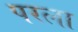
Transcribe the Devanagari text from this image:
परला